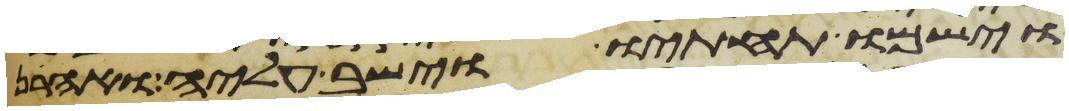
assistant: וישמו תחתיו וישב עליה ואהרן